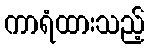
ကာရံထားသည့်